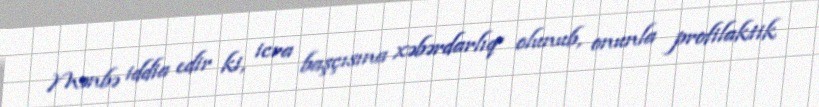
Mənbə iddia edir ki, icra başçısına xəbərdarlıq olunub, onunla profilaktik